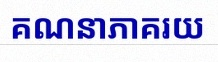
គណនាភាគរយ